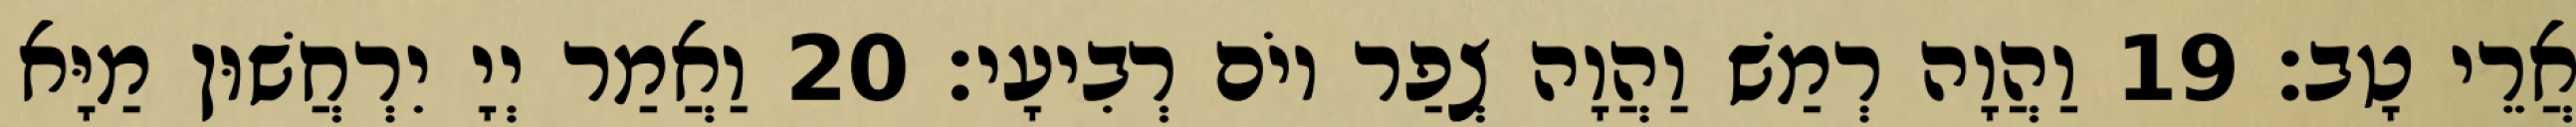
אֲרֵי טָב׃ 19 וַהֲוָה רְמַשׁ וַהֲוָה צְפַר יוֹם רְבִיעָי׃ 20 וַאֲמַר יְיָ יִרְחֲשׁוּן מַיָּא